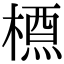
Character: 槱